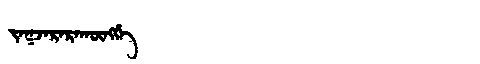
Manchu: ᠵᠠᡴᠵᠠᡵᠠᡵᠠᡴᡡᠩᡤᡝ
Romanization: JAKJARARAKŪNGGE